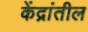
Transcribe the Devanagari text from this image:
केंद्रांतील